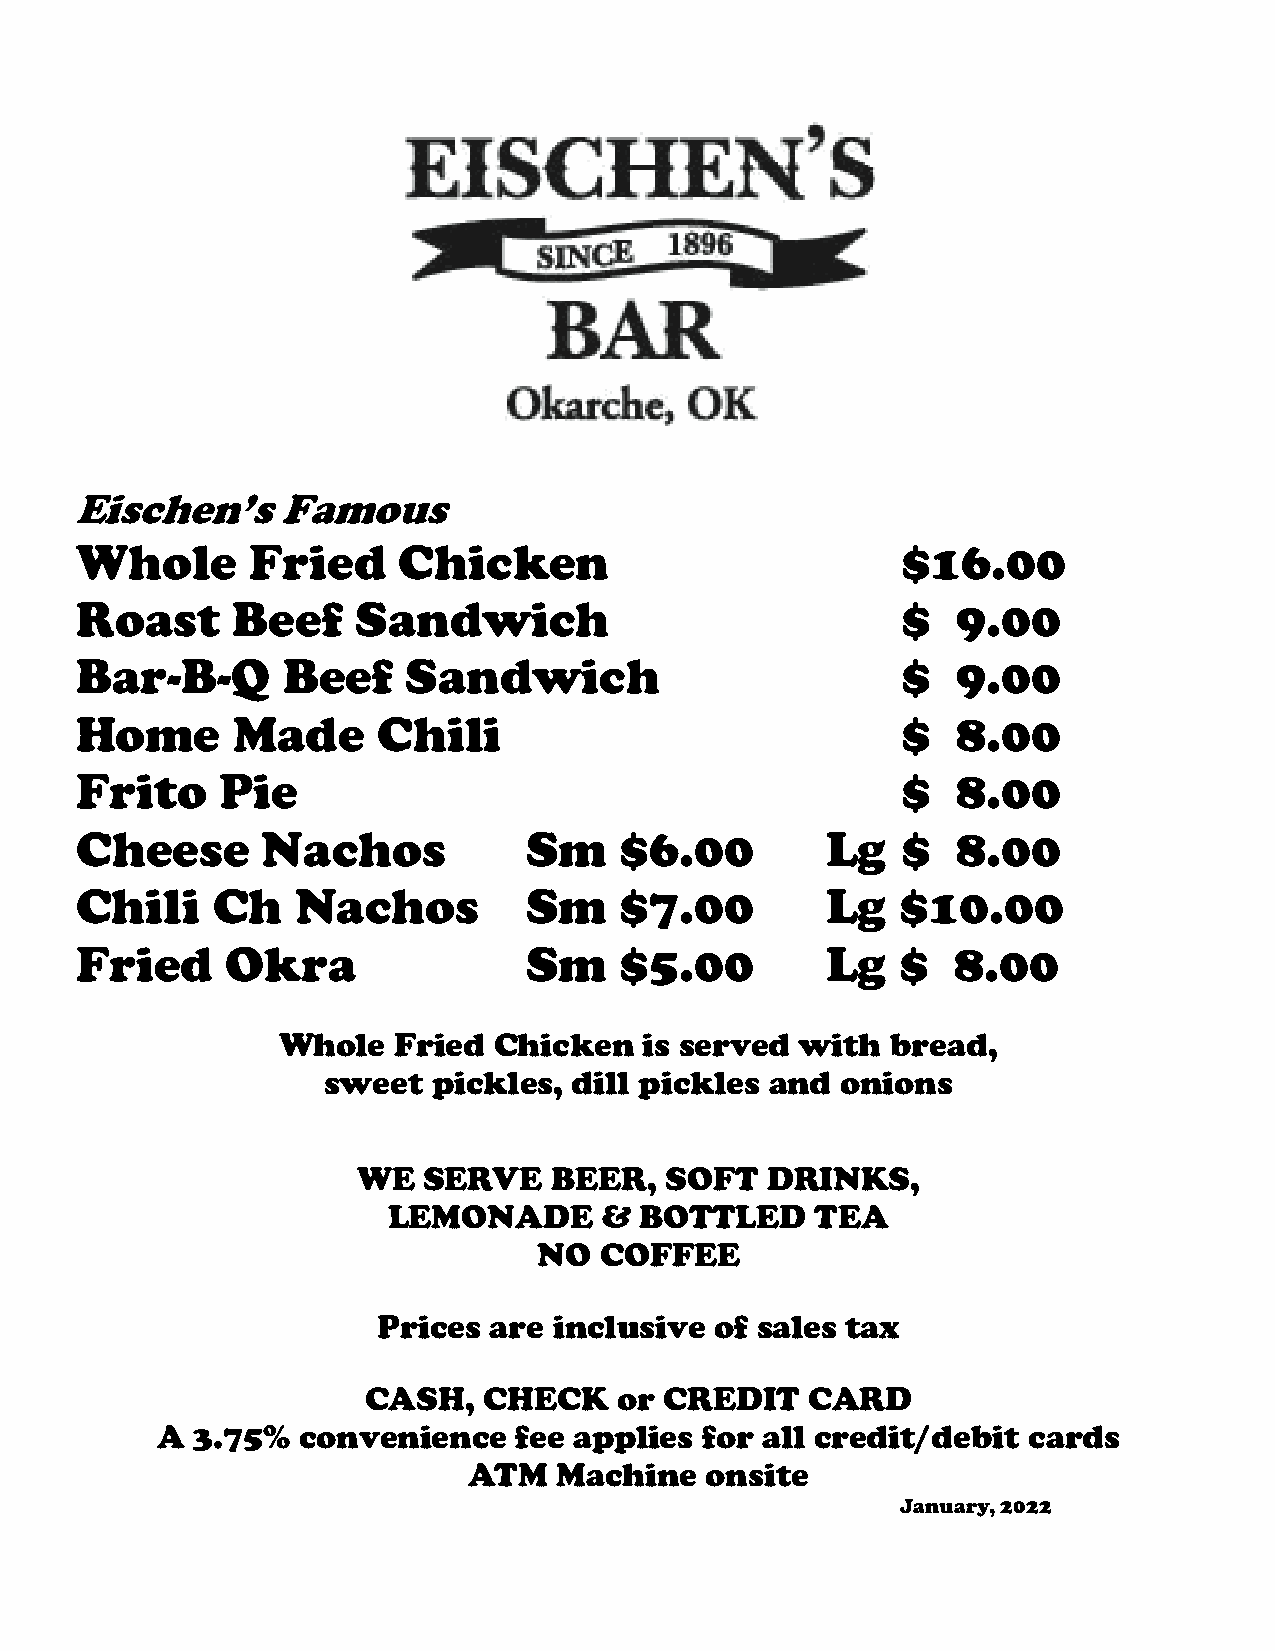
Eischen’s    Famous
 Whole       Fried    Chicken                           $16.00
 Roast     Beef     Sandwich                            $  9.00
 Bar-B-Q       Beef    Sandwich                         $  9.00
 Home      Made      Chili                              $  8.00
 Frito     Pie                                          $  8.00
 Cheese      Nachos            Sm    $6.00         Lg   $  8.00
 Chili    Ch    Nachos         Sm    $7.00         Lg   $10.00
 Fried     Okra                Sm    $5.00         Lg   $  8.00
 Whole   Fried  Chicken   is served with  bread,
 sweet   pickles, dill pickles and  onions
 WE  SERVE    BEER,  SOFT   DRINKS,
 LEMONADE      & BOTTLED     TEA
 NO  COFFEE
 Prices are  inclusive of sales tax
 CASH,   CHECK    or CREDIT    CARD
 A  3.75%  convenience   fee applies  for all credit/debit cards
 ATM   Machine   onsite
 January, 2022